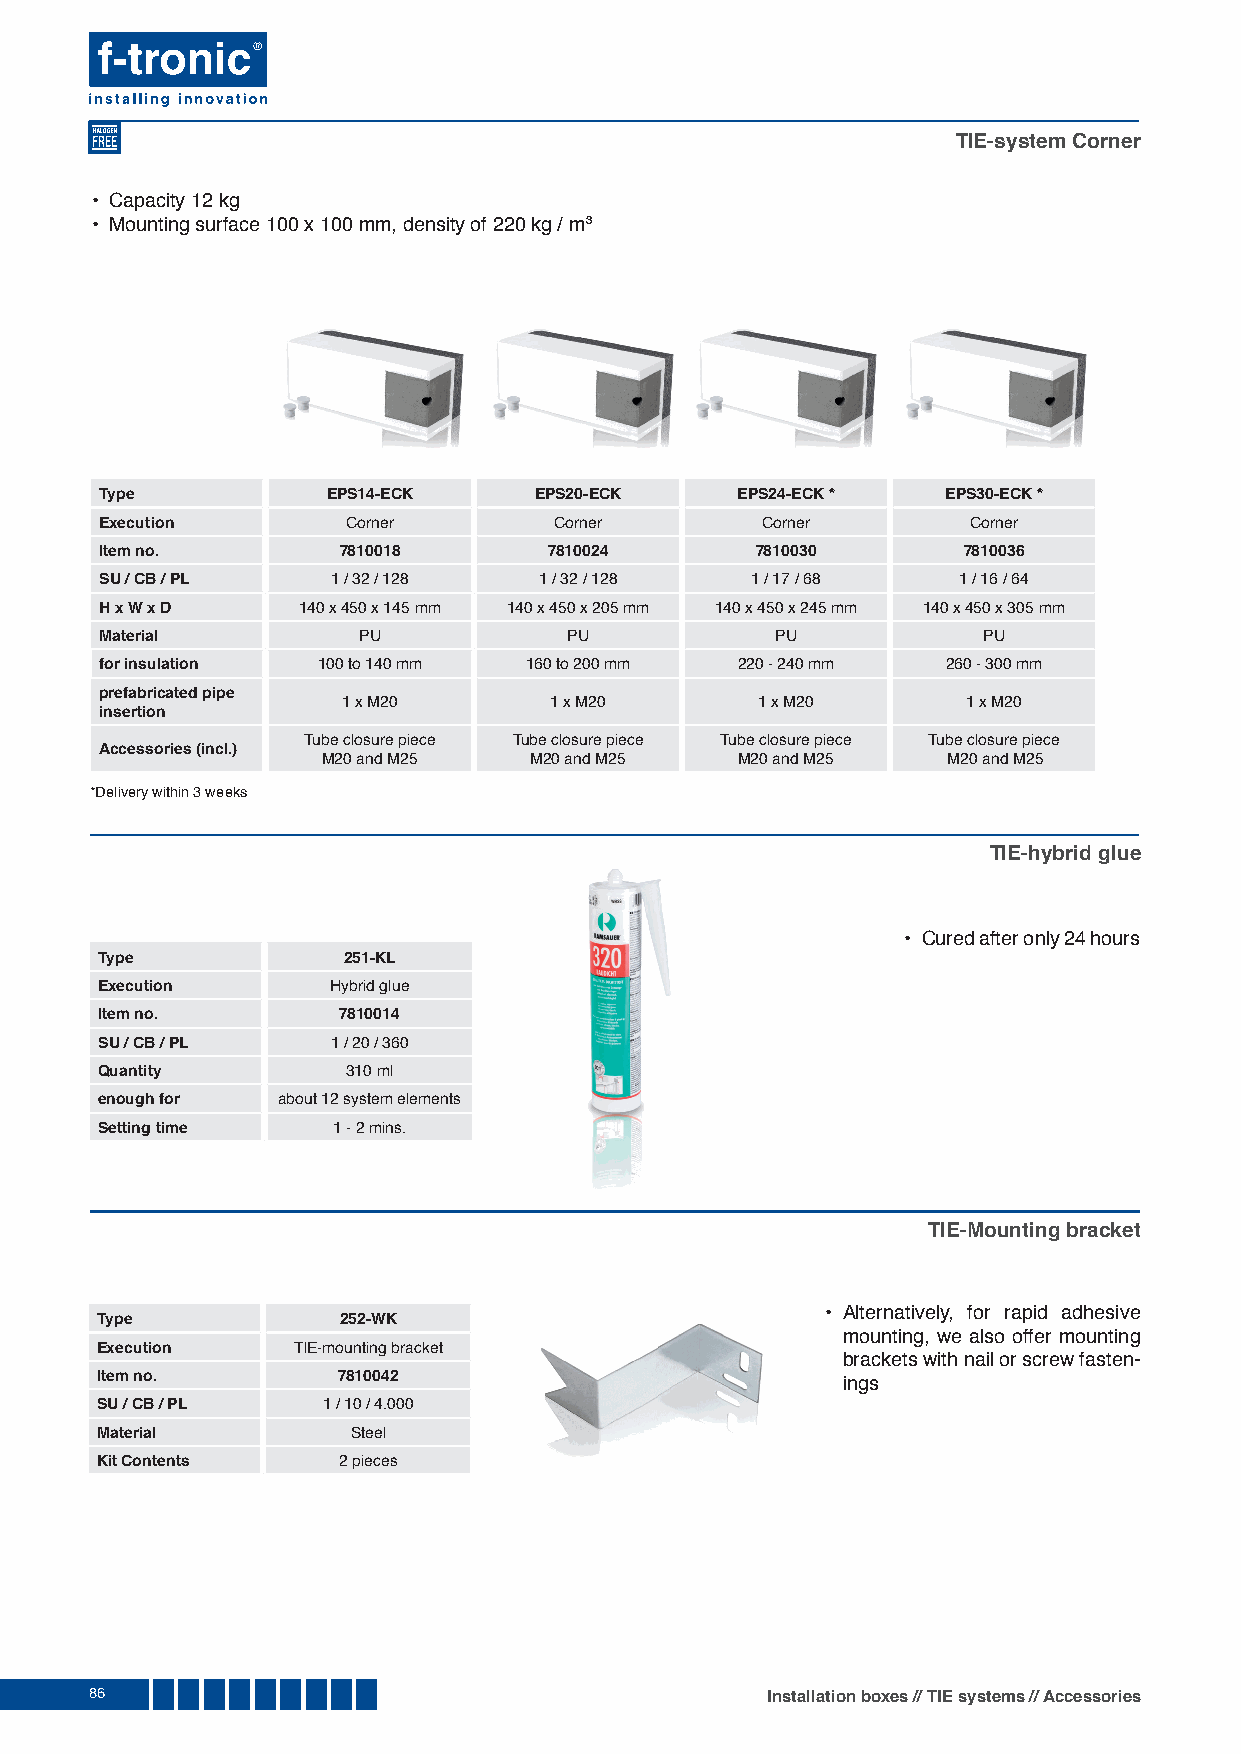
TIE-system Corner
 • Capacity 12 kg
 • Mounting surface 100 x 100 mm, density of 220 kg / m3
 Type           EPS14-ECK    EPS20-ECK     EPS24-ECK *   EPS30-ECK *
 Execution       Corner        Corner       Corner        Corner
 Item no.       7810018       7810024       7810030       7810036
 SU / CB / PL   1 / 32 / 128  1 / 32 / 128  1 / 17 / 68  1 / 16 / 64
 H x W x D    140 x 450 x 145 mm 140 x 450 x 205 mm 140 x 450 x 245 mm 140 x 450 x 305 mm
 Material         PU            PU           PU            PU
 for insulation 100 to 140 mm 160 to 200 mm 220 - 240 mm 260 - 300 mm
 prefabricated pipe
 1 x M20      1 x M20       1 x M20       1 x M20
 insertion
 Tube closure piece Tube closure piece Tube closure piece Tube closure piece
 Accessories (incl.)
 M20 and M25   M20 and M25   M20 and M25   M20 and M25
 *Delivery within 3 weeks
 TIE-hybrid glue
 • Cured after only 24 hours
 Type            251-KL
 Execution      Hybrid glue
 Item no.       7810014
 SU / CB / PL   1 / 20 / 360
 Quantity        310 ml
 enough for about 12 system elements
 Setting time   1 - 2 mins.
 TIE-Mounting bracket
 • Alternatively, for rapid adhesive
 Type            252-WK
 mounting, we also offer mounting
 Execution    TIE-mounting bracket
 brackets with nail or screw fasten-
 Item no.        7810042
 ings
 SU / CB / PL   1 / 10 / 4.000
 Material         Steel
 Kit Contents    2 pieces
 86                                           Installation boxes // TIE systems // Accessories